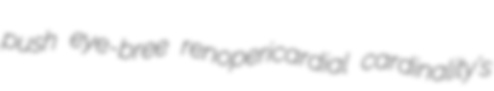
push eye-bree renopericardial cardinality's